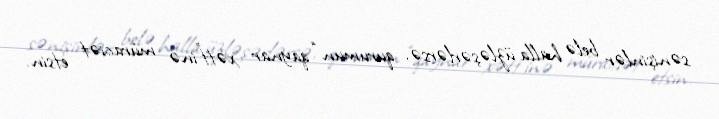
sənişinlər belə halla üzləşərlərsə, qurumun “qaynar xətt”inə müraciət etsin.